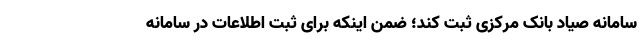
سامانه صیاد بانک مرکزی ثبت کند؛ ضمن اینکه برای ثبت اطلاعات در سامانه